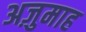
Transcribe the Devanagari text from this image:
अज़ुमाह